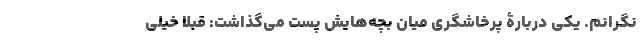
نگرانم. یکی دربارۀ پرخاشگری میان بچه‌هایش پست می‌گذاشت: قبلاً خیلی